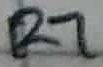
Text: R7